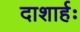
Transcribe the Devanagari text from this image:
दाशार्हः